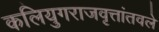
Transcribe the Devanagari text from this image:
कलियुगराजवृत्तांतवले